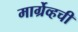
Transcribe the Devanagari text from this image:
मार्ग्रेव्हची